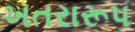
ખતરારૂપ